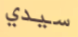
سيدي